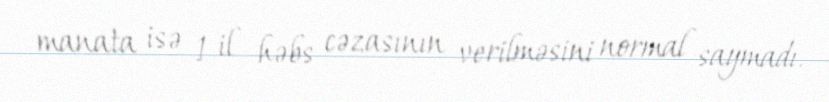
manata isə 1 il həbs cəzasının verilməsini normal saymadı.